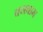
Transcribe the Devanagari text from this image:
बनबाम